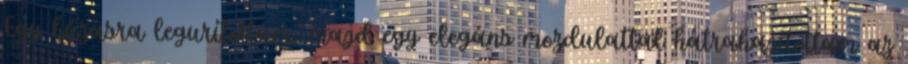
Egy húzásra legurítottam, majd egy elegáns mozdulattal hátrahajítottam az